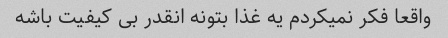
واقعا فکر نمیکردم یه غذا بتونه انقدر بی کیفیت باشه